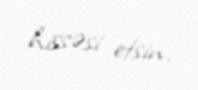
hissəsi etsin.